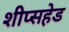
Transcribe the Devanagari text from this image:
शीप्सहेड